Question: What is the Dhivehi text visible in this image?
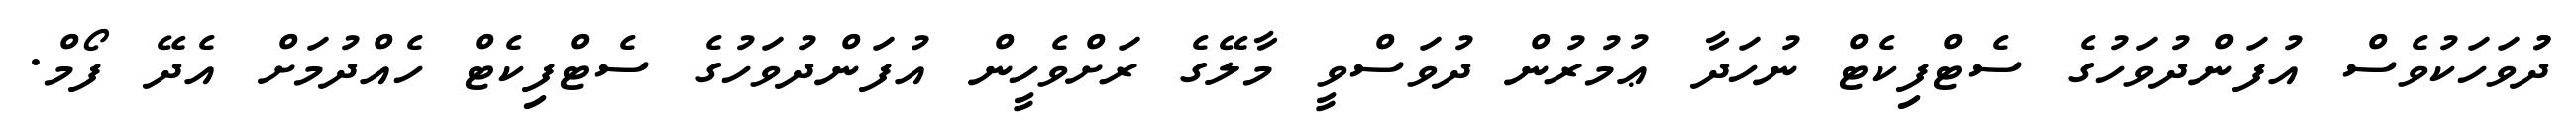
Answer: ދުުވަހަކުވެސް އުފަންދުވަހުގެ ސެޓްފިކެޓް ނުހަދާ ޢުމުރުން ދުވަސްވީ މާލޭގެ ރަށްވެހީން އުފަންދުވަހުގެ ސެޓްފިކެޓް ހެއްދުމަށް އެދޭ ފޯމް.